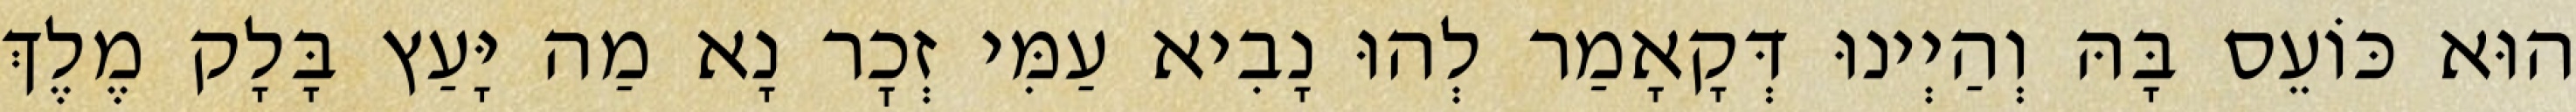
הוּא כּוֹעֵס בָּהּ וְהַיְינוּ דְּקָאָמַר לְהוּ נָבִיא עַמִּי זְכׇר נָא מַה יָּעַץ בָּלָק מֶלֶךְ